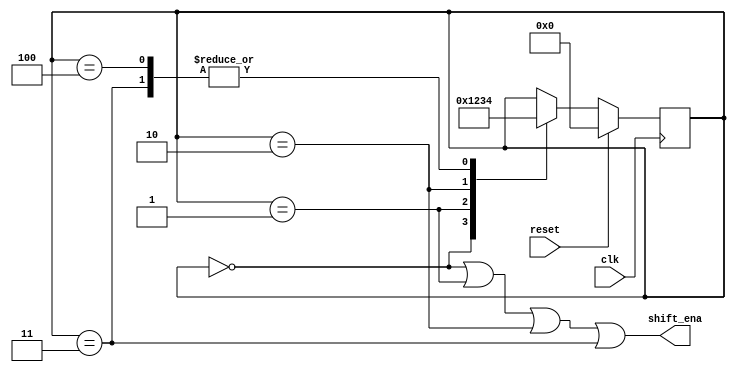
module top_module (
    input clk,
    input reset,      // Synchronous reset
    output shift_ena);
    
    reg [3:0] state;
    
    always @(posedge clk) begin
        if (reset)
            state <= 0;
        else begin
            case (state)
                0: state <= 1;
                1: state <= 2;
                2: state <= 3;
                3: state <= 4;
                4: state <= 4;
            endcase
        end
    end
                
    assign shift_ena = (state==0) | (state==1) | (state==2) | (state==3);

endmodule